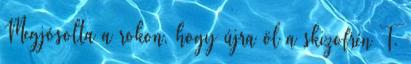
Megjósolta a rokon, hogy újra öl a skizofrén T.